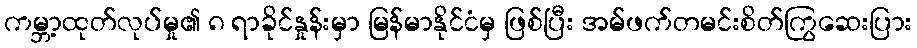
ကမ္ဘာ့ထုတ်လုပ်မှု၏ ၈ ရာခိုင်နှုန်းမှာ မြန်မာနိုင်ငံမှ ဖြစ်ပြီး အမ်ဖက်တမင်းစိတ်ကြွဆေးပြား